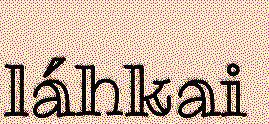
láhkai